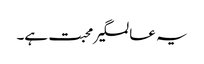
یہ عالمگیر محبت ہے۔